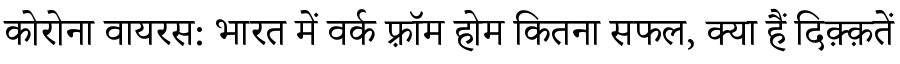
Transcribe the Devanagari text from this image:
कोरोना वायरस: भारत में वर्क फ़्रॉम होम कितना सफल, क्या हैं दिक़्क़तें